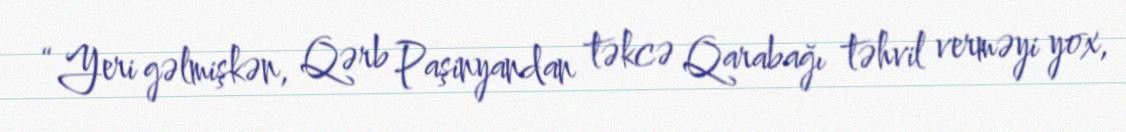
“Yeri gəlmişkən, Qərb Paşinyandan təkcə Qarabağı təhvil verməyi yox,